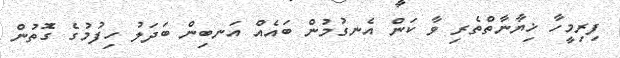
ފިރިމީހާ ޚިޔާނާތްތެރި ވާ ކަން އެނގުމުން ބައެއް އަނބިން ބަދަލު ހިފުމުގެ ގެޮތުން